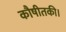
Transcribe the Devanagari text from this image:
कौषीतकी।